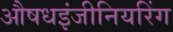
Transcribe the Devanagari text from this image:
औषधइंजीनियरिंग